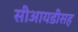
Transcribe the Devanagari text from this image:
सीआयडीसह